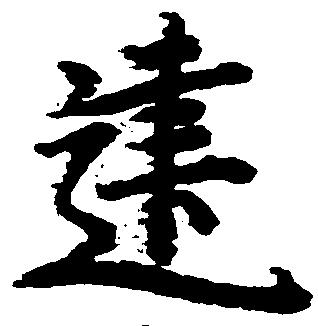
建